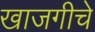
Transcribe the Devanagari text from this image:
खाजगीचे